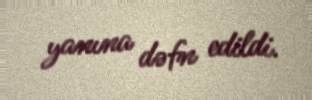
yanına dəfn edildi.